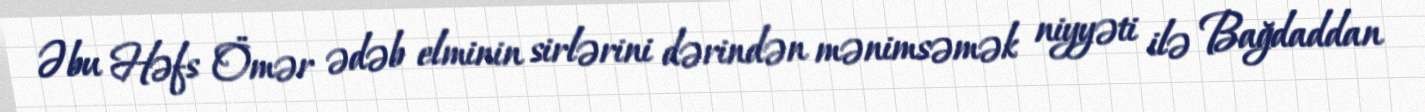
Əbu Həfs Ömər ədəb elminin sirlərini dərindən mənimsəmək niyyəti ilə Bağdaddan